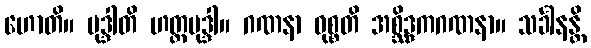
ဟောတိ။ မုဒ္ဒါတိ ဟတ္ထမုဒ္ဒါ။ ဂဏနာ ဝုစ္စတိ အစ္ဆိဒ္ဒကဂဏနာ။ သင်္ခါနန္တိ